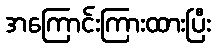
အကြောင်းကြားထားပြီး